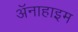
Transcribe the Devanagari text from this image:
अॅनाहाइम